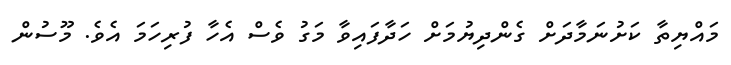
މައްޔިތާ ކަށުނަމާދަށް ގެންދިޔުމަަށް ހަދާފައިވާ މަގު ވެސް އެހާ ފުރިހަމަ އެވެ. މޫސުން